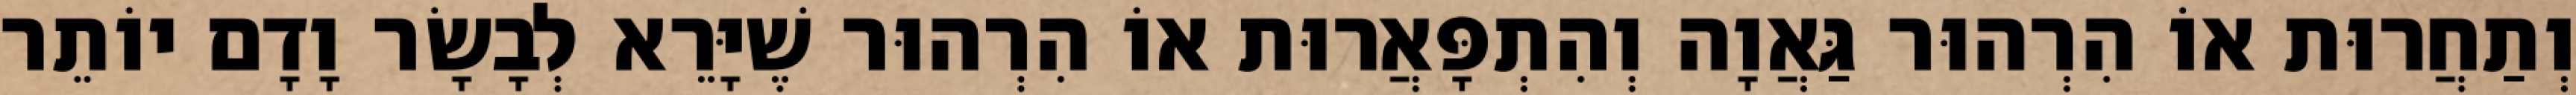
וְתַחֲרוּת אוֹ הִרְהוּר גַּאֲוָה וְהִתְפָּאֲרוּת אוֹ הִרְהוּר שֶׁיָּרֵא לְבָשָׂר וָדָם יוֹתֵר